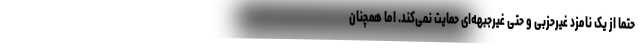
حتما از یک نامزد غیرحزبی و حتی غیرجبهه‌ای حمایت نمی‌کند. اما همچنان